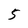
Character: 5